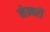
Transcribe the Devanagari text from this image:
मेम्बरों